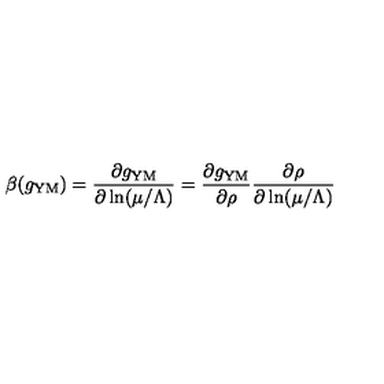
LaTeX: \beta ( g _ { \mathrm { Y M } } ) = \frac { \partial g _ { \mathrm { Y M } } } { \partial \ln ( \mu / \Lambda ) } = \frac { \partial g _ { \mathrm { Y M } } } { \partial \rho } \frac { \partial \rho } { \partial \ln ( \mu / \Lambda ) }